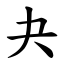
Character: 夬